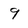
Character: 9